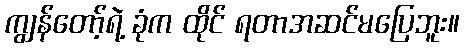
ကျွန်တော့်ရဲ့ ခုံက ထိုင် ရတာအဆင်မပြေဘူး။